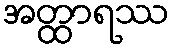
အတ္ထာရဿ